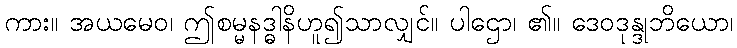
ကား။ အယမေဝ၊ ဤစမ္မနဒ္ဓါနိဟူ၍သာလျှင်။ ပါဌော၊ ၏။ ဒေဝဒုန္ဒုဘိယော၊